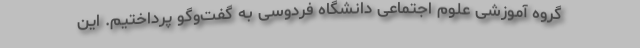
گروه آموزشی علوم اجتماعی دانشگاه فردوسی به گفت‌وگو پرداختیم. این